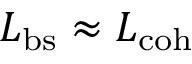
L _ { \mathrm { b s } } \approx L _ { \mathrm { c o h } }